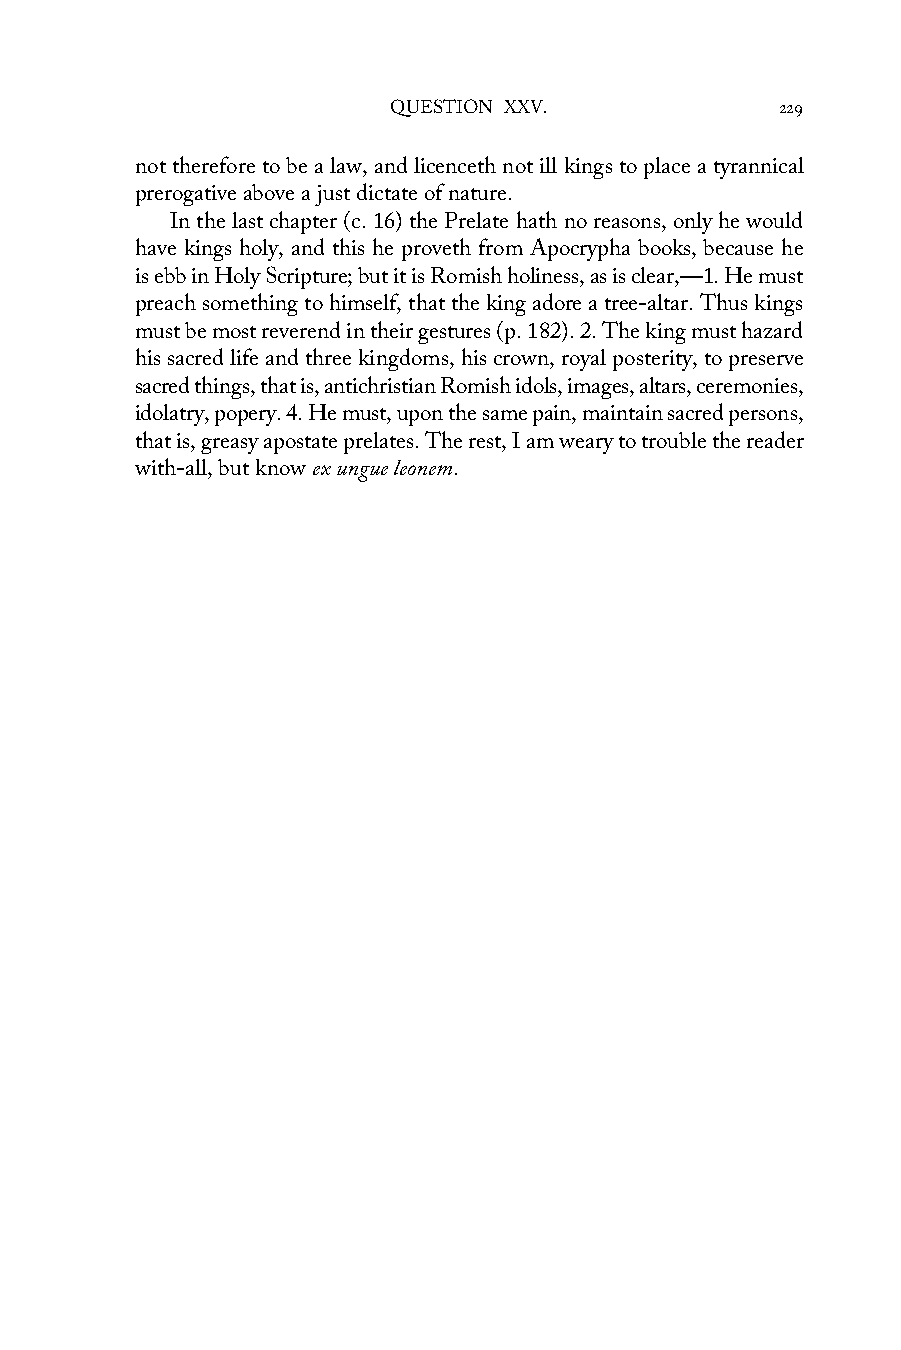
QUESTION XXV.            229
 not therefore to be a law, and licenceth not ill kings to place a tyrannical
 prerogative above a just dictate of nature.
 In the last chapter (c. 16) the Prelate hath no reasons, only he would
 have kings holy, and this he proveth from Apocrypha books, because he
 is ebb in Holy Scripture; but it is Romish holiness, as is clear,—1. He must
 preach something to himself, that the king adore a tree-altar. Thus kings
 must be most reverend in their gestures (p. 182). 2. The king must hazard
 his sacred life and three kingdoms, his crown, royal posterity, to preserve
 sacred things, that is, antichristian Romish idols, images, altars, ceremonies,
 idolatry, popery. 4. He must, upon the same pain, maintain sacred persons,
 that is, greasy apostate prelates. The rest, I am weary to trouble the reader
 with-all, but know ex ungue leonem.